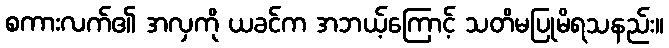
စကားလက်၏ အလှကို ယခင်က အဘယ့်ကြောင့် သတိမပြုမိရသနည်း။